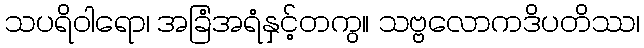
သပရိဝါရော၊ အခြံအရံနှင့်တကွ။ သဗ္ဗလောကဒိပတိဿ၊